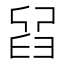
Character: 𦥮